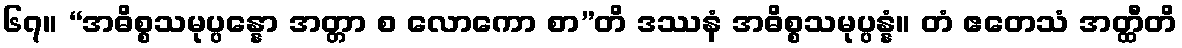
၆၇။ “အဓိစ္စသမုပ္ပန္နော အတ္တာ စ လောကော စာ”တိ ဒဿနံ အဓိစ္စသမုပ္ပန္နံ။ တံ ဧတေသံ အတ္ထီတိ